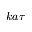
k a \tau